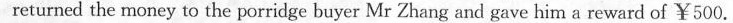
returned the money to the porridge buyer Mr Zhang and gave him a reward of ￥500.